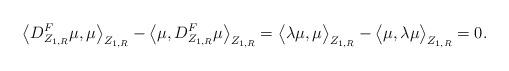
LaTeX: \begin{align*}\big\langle D^F_{Z_{1,R}}\mu,\mu \big\rangle_{Z_{1,R}} -\big\langle \mu,D^F_{Z_{1,R}}\mu \big\rangle_{Z_{1,R}}= \big\langle \lambda \mu,\mu \big\rangle_{Z_{1,R}} -\big\langle \mu,\lambda\mu \big\rangle_{Z_{1,R}}= 0 .\end{align*}